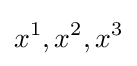
x^{1},x^{2},x^{3}